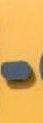
-